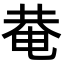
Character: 𤲅